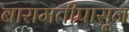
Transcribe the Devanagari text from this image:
बारामतीपासून